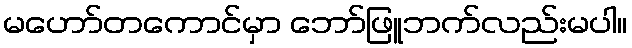
မဟော်တကောင်မှာ ဘော်ဖြူဘက်လည်းမပါ။